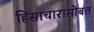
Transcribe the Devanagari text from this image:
हिंसाचारासोबत